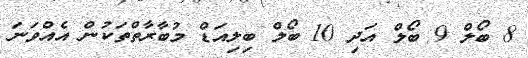
8 ބޯލް 9 ބޯލް އަދި 10 ބޯލް ބިލިއަޑް މުބާރާތްތަކުން އެއްވަނަ